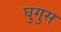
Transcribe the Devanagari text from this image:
घुगुस